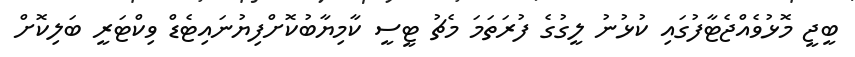
ބީޖީ މޮޅުވެއްޖެޓާފުގައި ކުޅުނު ލީގުގެ ފުރަތަމަ މެޗު ޓީސީ ކާމިޔާބުކޮށްފިޔުނައިޓެޑް ވިކްޓަރީ ބަލިކޮށް